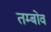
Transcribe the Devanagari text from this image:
तम्बोव